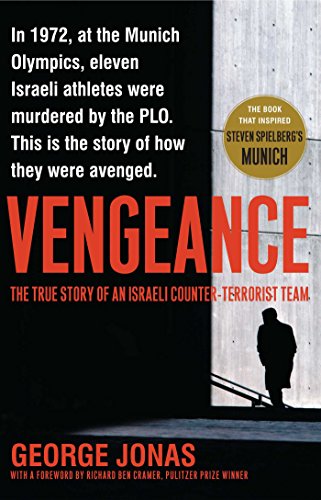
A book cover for Vengeance: The True Story of an Israeli Counter-Terrorist Team; George Jonas; Biographies & Memoirs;